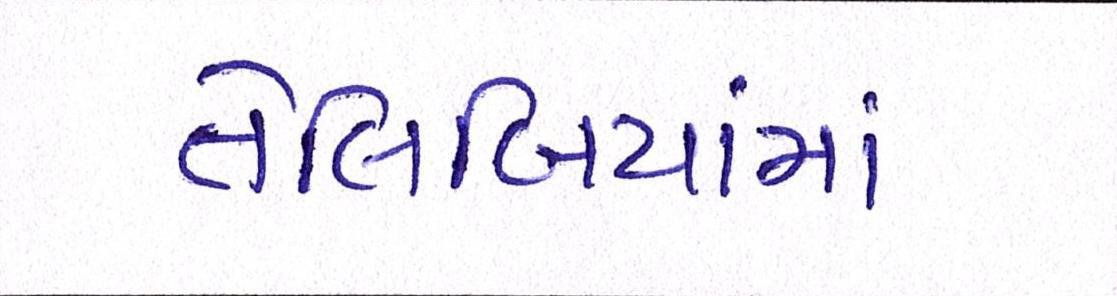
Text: તેલિબિયાંમાં